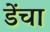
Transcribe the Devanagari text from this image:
डेंचा